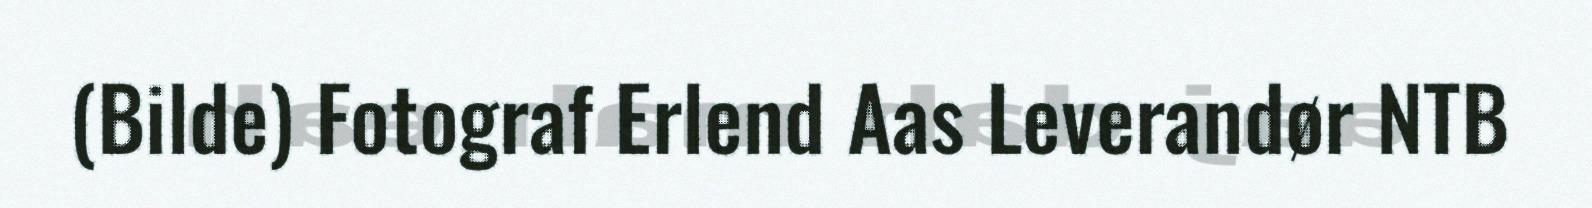
(Bilde) Fotograf Erlend Aas Leverandør NTB